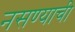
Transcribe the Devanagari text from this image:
नसण्याची